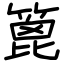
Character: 篦